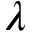
\lambda